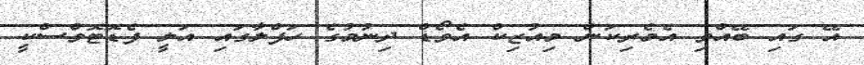
އޭ ގައި ބޭއްވި އެމެރިކަން މިއުޒިކް އެވޯޑް ދިނުމުގެ ހަފްލާގައި އަލީ ފެޑޮޓޮވްސްކީ